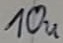
Text: 10u